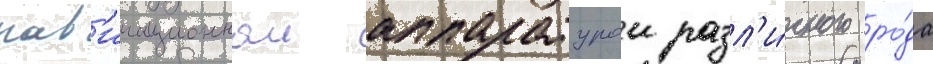
нав'игационнои аппаратурои разл'и́чного ро́да